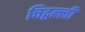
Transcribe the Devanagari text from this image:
चिद्वल्ली